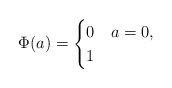
\begin{align*}\Phi(a) = \begin{cases}0 & a = 0,\\1 &\end{cases}\end{align*}